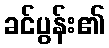
ခင်ပွန်း၏